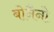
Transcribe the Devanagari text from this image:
बोनैनो